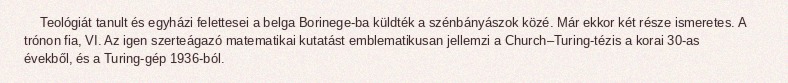
Teológiát tanult és egyházi felettesei a belga Borinege-ba küldték a szénbányászok közé. Már ekkor két része ismeretes. A trónon fia, VI. Az igen szerteágazó matematikai kutatást emblematikusan jellemzi a Church–Turing-tézis a korai 30-as évekből, és a Turing-gép 1936-ból.